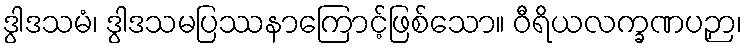
ဒွါဒသမံ၊ ဒွါဒသမပြဿနာကြောင့်ဖြစ်သော။ ဝီရိယလက္ခဏပဉှာ၊